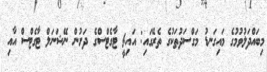
މިބައްދަލުވުމުގެ މައިގަނޑު މަގްސަދުތަކުގެ ތެރޭގައި: އައިޗީ ޓާގެޓްސްގެ ދަށުން ނޭޝަނަލް ޓާގެޓްސް އާއި